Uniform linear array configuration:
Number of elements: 32
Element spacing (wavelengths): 1
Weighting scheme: uniform
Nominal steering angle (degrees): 45
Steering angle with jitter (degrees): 43.839
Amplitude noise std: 0.05
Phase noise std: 0.05

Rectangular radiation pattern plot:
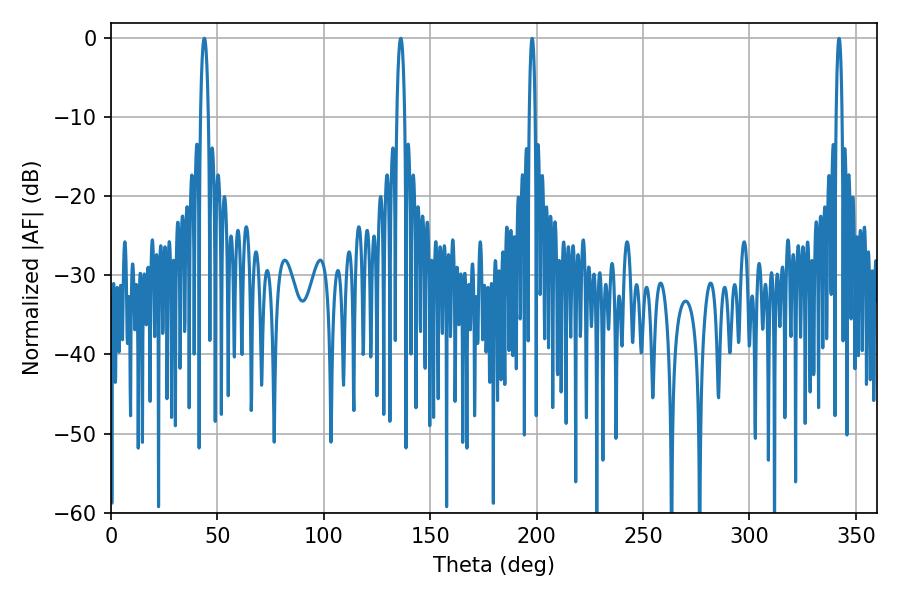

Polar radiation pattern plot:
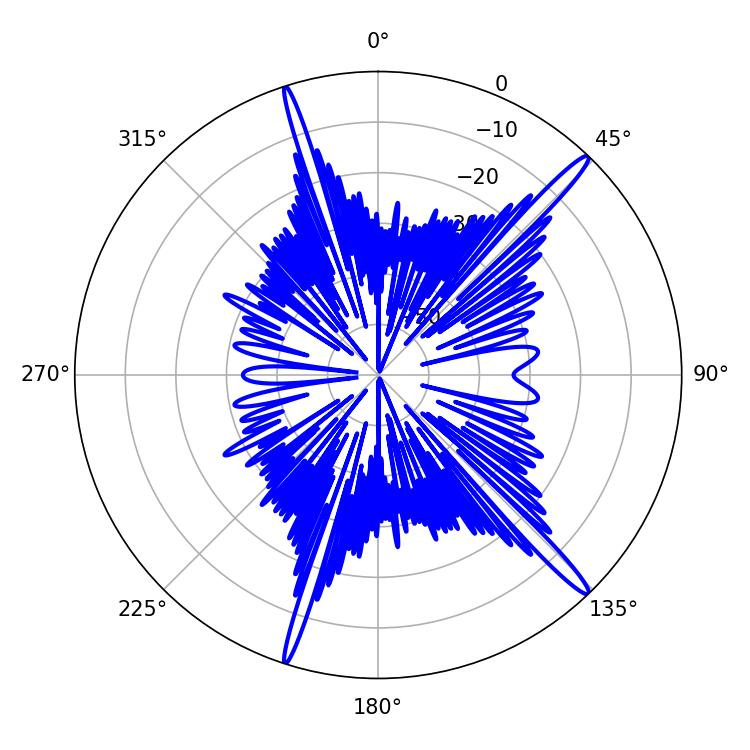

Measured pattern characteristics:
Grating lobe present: TRUE
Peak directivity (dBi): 17.026
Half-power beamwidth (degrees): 1.98
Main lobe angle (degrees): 136.08